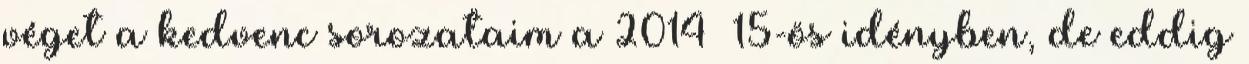
véget a kedvenc sorozataim a 2014 15-ös idényben, de eddig